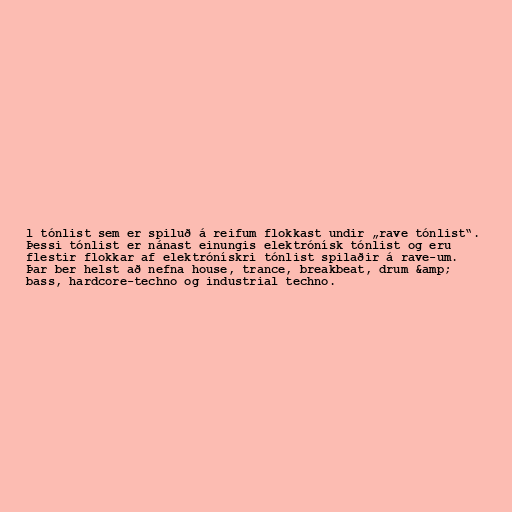
l tónlist sem er spiluð á reifum flokkast undir „rave tónlist“.
Þessi tónlist er nánast einungis elektrónísk tónlist og eru
flestir flokkar af elektrónískri tónlist spilaðir á rave-um.
Þar ber helst að nefna house, trance, breakbeat, drum &amp;
bass, hardcore-techno og industrial techno.